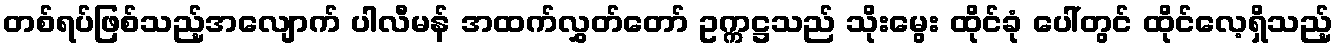
တစ်ရပ်ဖြစ်သည့်အလျောက် ပါလီမန် အထက်လွှတ်တော် ဥက္ကဋ္ဌသည် သိုးမွေး ထိုင်ခုံ ပေါ်တွင် ထိုင်လေ့ရှိသည့်